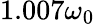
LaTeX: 1.007\omega_{0}